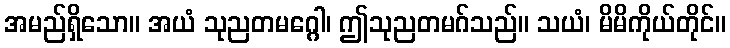
အမည်ရှိသော။ အယံ သုညတမဂ္ဂေါ၊ ဤသုညတမဂ်သည်။ သယံ၊ မိမိကိုယ်တိုင်။